Triennial report on the lunatic asylums in the province of Eastern Bengal and Assam - 1903-1911
Year: 1903
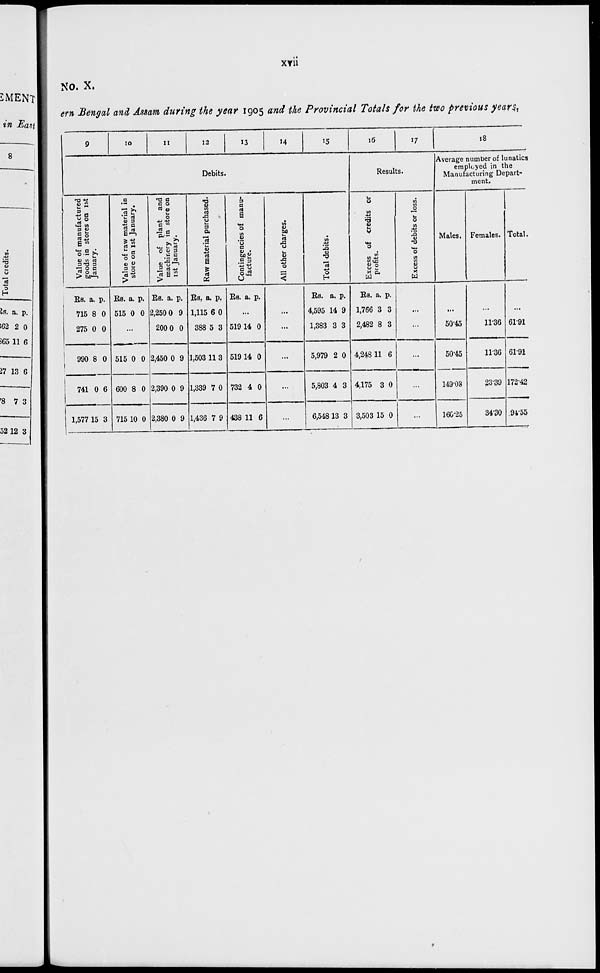
xvii
No. X.
ern Bengal and Assam during the year 1905 and the Provincial Totals for the two previous years.
9
10
11
12
13
14
15
Debits.
Value of manufactured
g oods in stores on 1st
January.
Rs.
715
275
990
741
1,577
a.
8
0
8
0
15
p.
0
0
0
6
3
Value of raw material in
store on 1st January.
Rs.
515
a.
0
p.
0
...
515
600
715
0
8
10
0
0
0
Value of plant and
machinery in store on
1st January.
Rs.
2,250
200
2,450
2,390
2,380
a.
0
0
0
0
0
p.
9
0
9
9
9
Raw material purchased.
Rs.
1,115
388
1,503
1,339
1,436
a.
6
5
11
7
7
p.
0
3
3
0
9
Contingencies of manu-
facture.
Rs. a. p.
...
519
519
732
438
14
14
4
11
0
0
0
6
All
other charges.
...
...
...
...
...
Total debits.
Rs.
4,595
1,383
5,979
5,803
6,548
a.
14
3
2
4
13
p.
9
3
0
3
3
16
17
Results.
Excess of credits or
profits.
Rs.
1,766
2,482
4,248
4,175
3,503
a.
3
8
11
3
15
p.
3
3
6
0
0
Excess of debits or loss.
...
...
...
...
...
18
Average number of lunatics
employed in the
Manufacturing Depart-
ment.
Males.
...
50.45
50.45
149.03
160.25
Females.
...
11.36
11.36
23.39
34.30
Total.
...
61.91
61.91
172.42
94.55